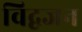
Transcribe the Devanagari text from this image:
विद्वजन